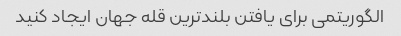
الگوریتمی برای یافتن بلندترین قله جهان ایجاد کنید